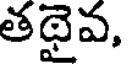
తథైవ,